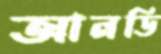
আনডি